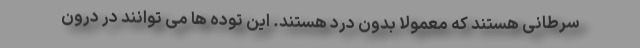
سرطانی هستند که معمولا بدون درد هستند. این توده ها می توانند در درون